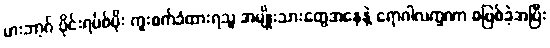
မားဘာ့ဂ် ဗိုင်းရပ်စ်ပိုး ကူးစက်ခံထားရသူ အမျိုးသားတွေအနေနဲ့ ရောဂါလက္ခဏာ စဖြစ်ခဲ့အပြီး